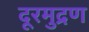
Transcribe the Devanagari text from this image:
दूरमुद्रण